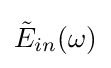
{\textstyle {\tilde {E}}_{in}(\omega )}